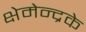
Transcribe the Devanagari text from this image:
क्षेमेन्द्रके